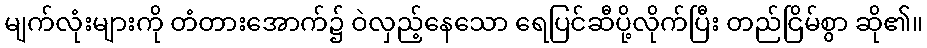
မျက်လုံးများကို တံတားအောက်၌ ဝဲလှည့်နေသော ရေပြင်ဆီပို့လိုက်ပြီး တည်ငြိမ်စွာ ဆို၏။